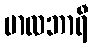
မာလဘာရီ